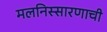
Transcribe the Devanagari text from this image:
मलनिस्सारणाची